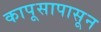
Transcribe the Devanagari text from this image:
कापूसापासून